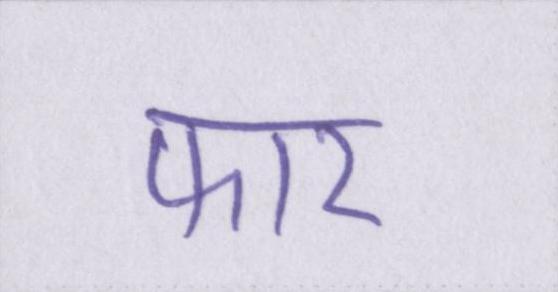
फार